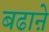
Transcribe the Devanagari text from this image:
बढाऩे